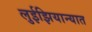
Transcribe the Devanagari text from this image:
लुईझियान्यात